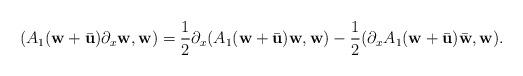
LaTeX: \begin{align*}( A_{1}(\textbf{w}+\bar{\textbf{u}})\partial_{x}{\textbf{w}},{\textbf{w}} ) = \frac{1}{2} \partial_{x}(A_{1}(\textbf{w}+\bar{\textbf{u}}){\textbf{w}}, {\textbf{w}} ) - \frac{1}{2} (\partial_{x}A_{1}(\textbf{w}+\bar{\textbf{u}})\bar{\textbf{w}}, {\textbf{w}} ).\end{align*}